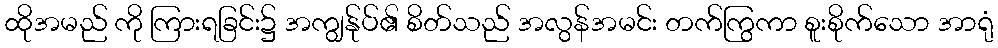
ထိုအမည် ကို ကြားရခြင်း၌ အကျွန်ုပ်၏ စိတ်သည် အလွန်အမင်း တက်ကြွကာ စူးစိုက်သော အာရုံ